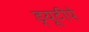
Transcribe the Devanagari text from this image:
ड्यूटीपे